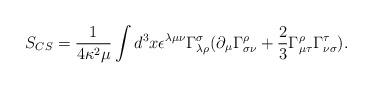
LaTeX: \begin{align*}S_{CS}=\frac{1}{4\kappa ^{2}\mu}\int d^{3}x\epsilon ^{\lambda\mu \nu }\Gamma ^{\sigma }_{\lambda \rho}(\partial _{\mu }\Gamma ^{\rho}_{\sigma \nu}+\frac{2}{3}\Gamma^{\rho}_{\mu \tau}\Gamma ^{\tau}_{\nu \sigma}).\end{align*}